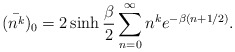
\begin{align*}(\bar {n^k})_0 = 2\sinh \frac{\beta}{2} \sum_{n=0}^{\infty} n^{k} e^{-\beta (n+1/2)}.\end{align*}